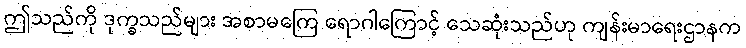
ဤသည်ကို ဒုက္ခသည်များ အစာမကြေ ရောဂါကြောင့် သေဆုံးသည်ဟု ကျန်းမာရေးဌာနက